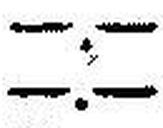
—.—